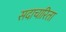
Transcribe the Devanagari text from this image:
सदाचारिता